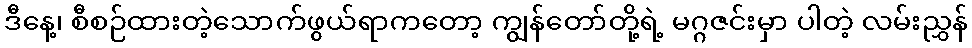
ဒီနေ့၊ စီစဉ်ထားတဲ့သောက်ဖွယ်ရာကတော့ ကျွန်တော်တို့ရဲ့ မဂ္ဂဇင်းမှာ ပါတဲ့ လမ်းညွှန်